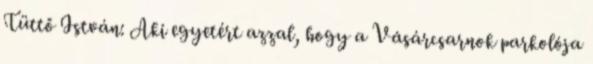
Tüttő István: Aki egyetért azzal, hogy a Vásárcsarnok parkolója